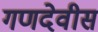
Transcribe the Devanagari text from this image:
गणदेवीस